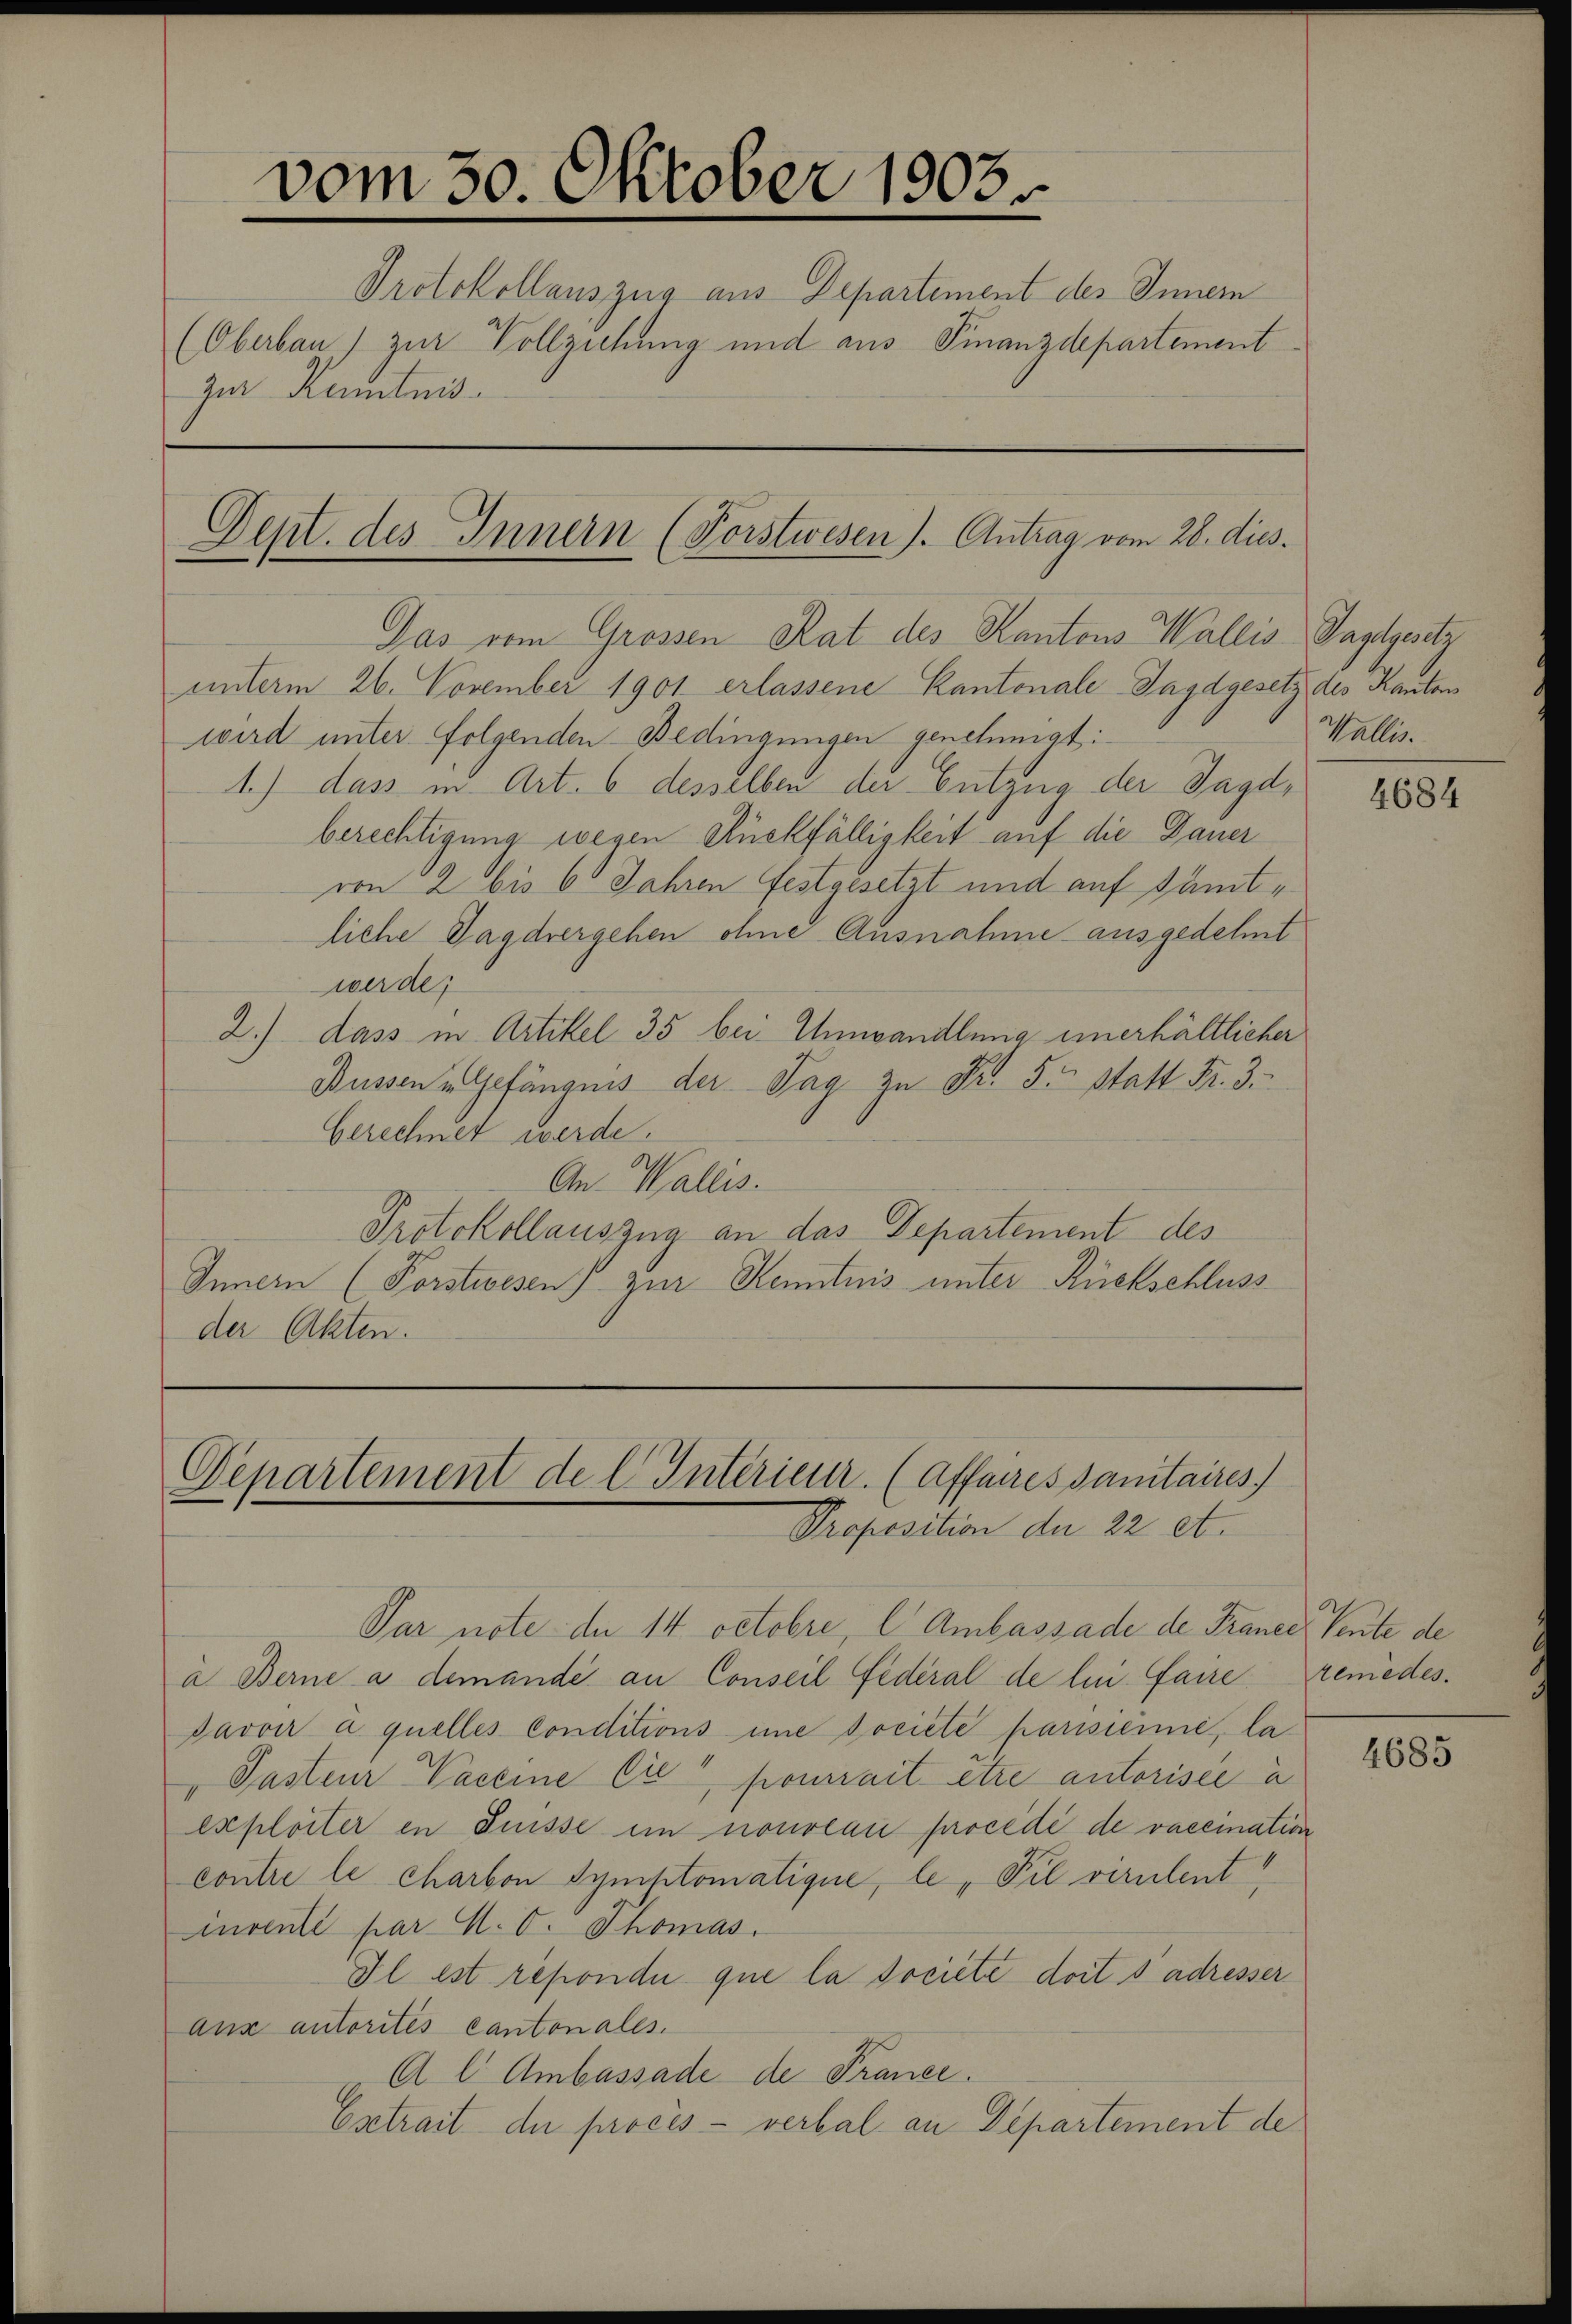
vom 30. Oktober 1903
Protokollauszug aus Departement des Innern
(Oberbau) zur Vollziehung und aus Finanzdepartement
zur Kamtnis.

Dent. des Innern (Forstwesen). Antrag vom 28. dies

Das vom Grossen Rat des Kantons Wallis Tagelgesetz
unterm 26. November 1901 erlassene Kantonale Jagdgesetz des Kanton
wird unter folgenden Bedingungen genehmigt:
1.) dass in Art. 6 desselben der Entzug der Jagdberechtigung wegen Rückfälligkeit auf die Dauer
von 2 bis 6 Jahren festgesetzt und auf sämtliche Jagdrergehen ohne Ausnahme ausgedehnt
werde;
2.) dass in Artikel 35 bei Umwandlung unerhältlicher
Bussen u. Gefängnis der Tag zu Fr. 5. Statt Fr. 3
Gerechnet werde.
An- Wallis.
Protokollauszug an das Departement des
Innern (Forstwesen) zur Kenntnis unter Rückschluss
der Akten.

Departement de l. Intérieur. (Affaires Sanitaires.
Proposition der 22 et.

Wallis.

Par note de 14 Octobre, C Ambassade de France Sente de
i Berne a demande an Conseil Federal de le faire reniedes.
Javoir à quelles Conditions une société parisienne, la
" Pasteur Nachine Cie pourrait être autorisée à
exploiter in Füsse in nouveau procédé de vaccination
contre le charbon Symptomatique, le „Pil virulent
invente par d. d. Thomas
Il est repondi que la dociete doit s adresser
Aux autorités cantonales.
A l Ambassade de France.
Extrait der procès-verbal an Departement de

4684

4685